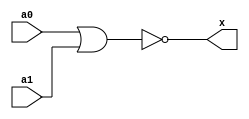
// This program was cloned from: https://github.com/emu-russia/breaks
// License: Creative Commons Zero v1.0 Universal

// Parallel nor.

module pnor (a0, a1, x);
	input a0;
	input a1;
	output x;

	nor (x, a0, a1);
endmodule // pnor